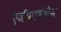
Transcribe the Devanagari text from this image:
एजीनामेरिन